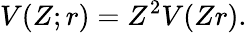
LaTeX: V(Z;r)=Z^{2}V(Zr).